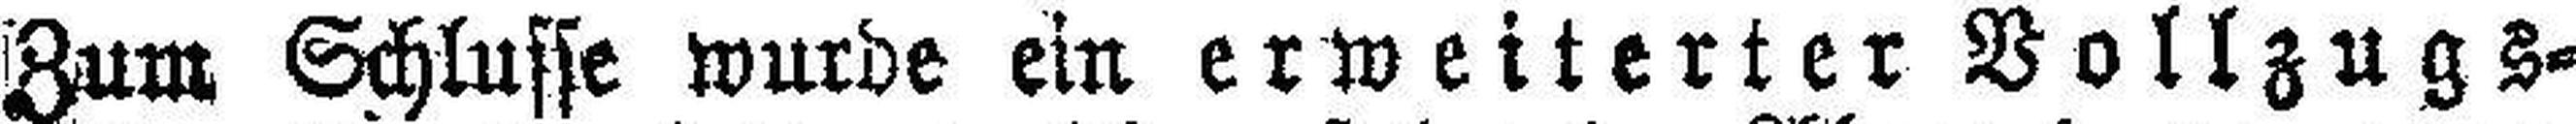
Zum Schlusse wurde ein erweiterter Vollzugs¬